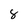
Character: 8